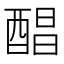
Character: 𮠰